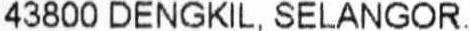
43800 DENGKIL, SELANGOR.